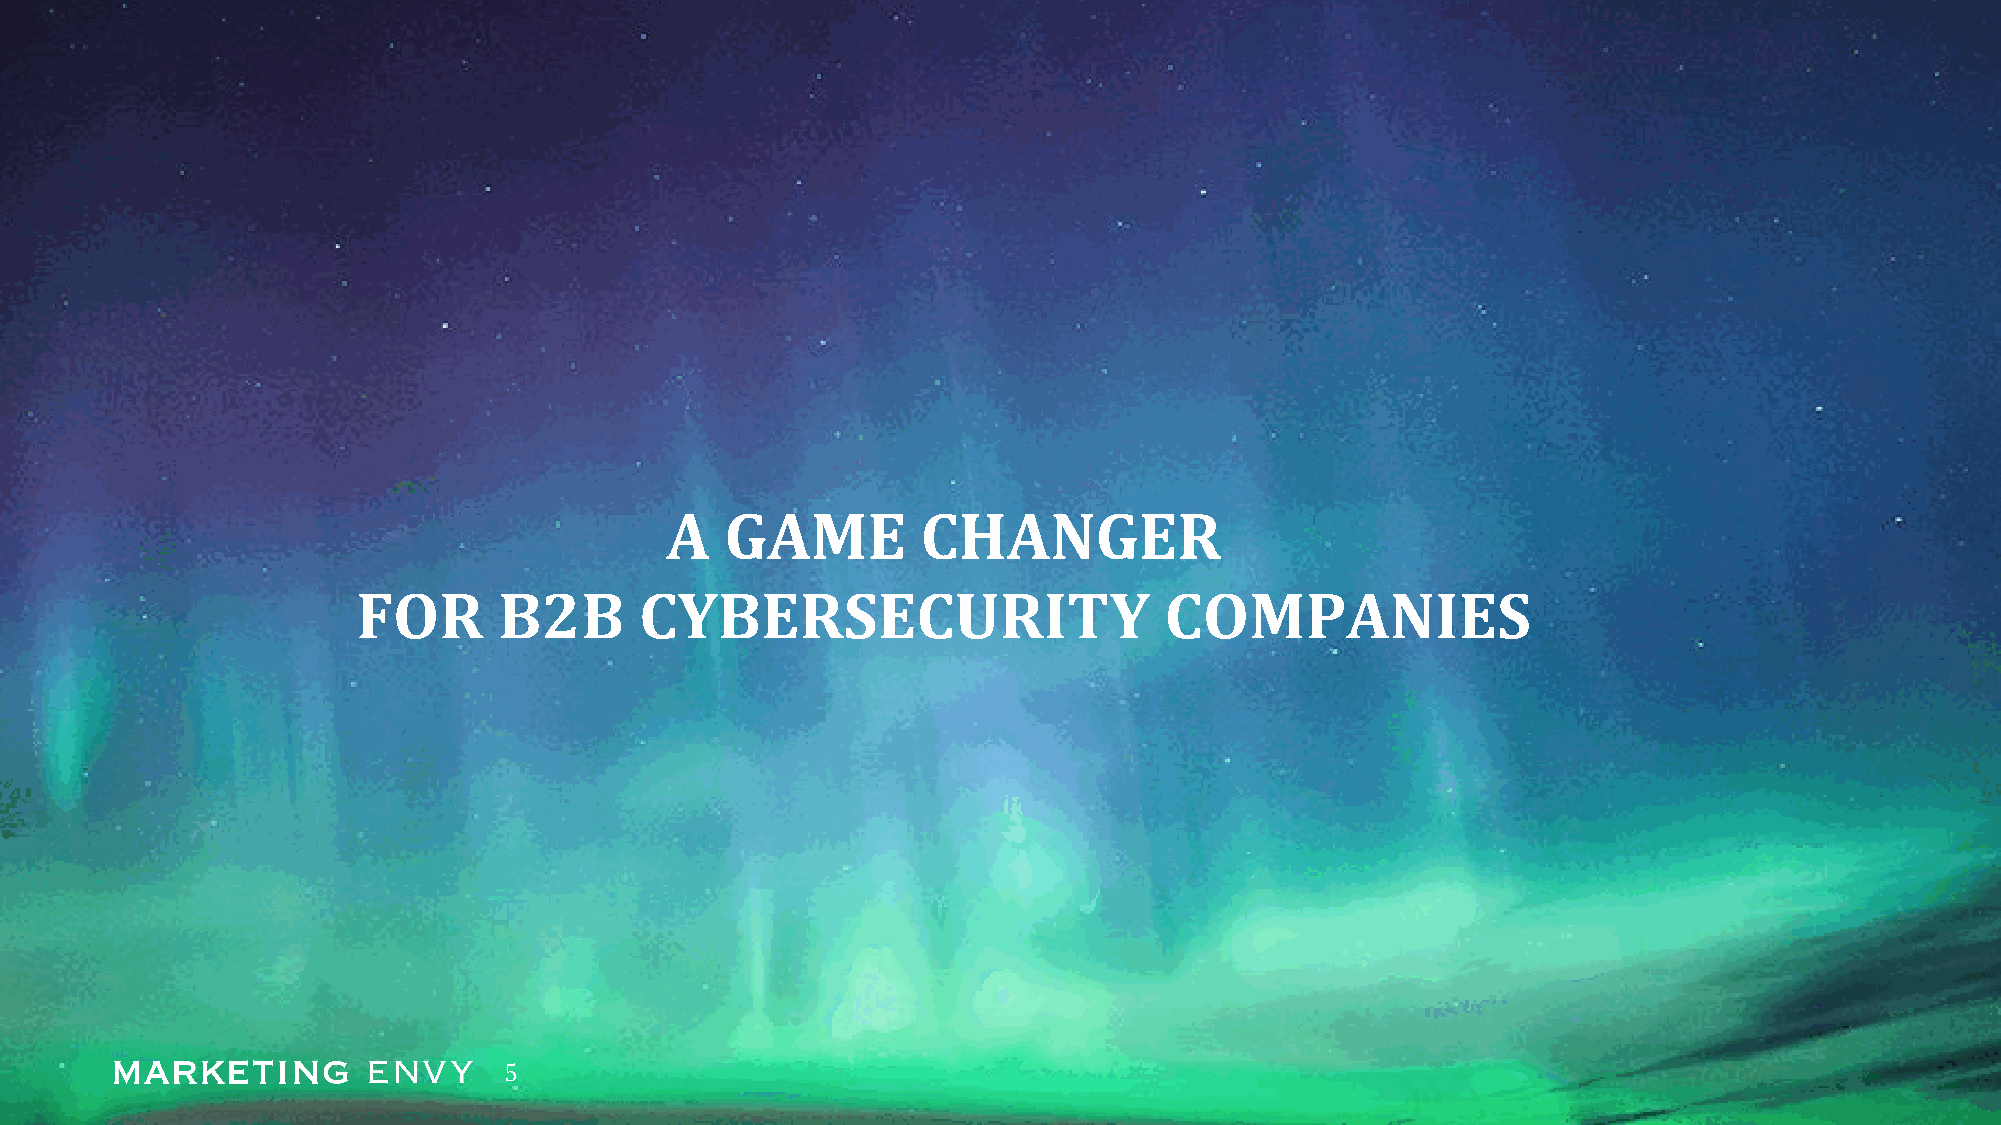
A   GAME         CHANGER
 FOR      B2B      CYBERSECURITY                      COMPANIES
 5